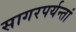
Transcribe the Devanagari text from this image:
सागरपर्यन्तां